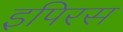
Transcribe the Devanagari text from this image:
इपिरस